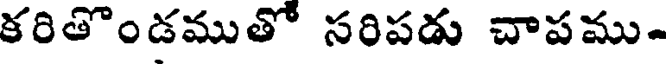
కరితొండముతో సరిపడు చాపము-